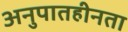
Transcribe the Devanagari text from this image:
अनुपातहीनता